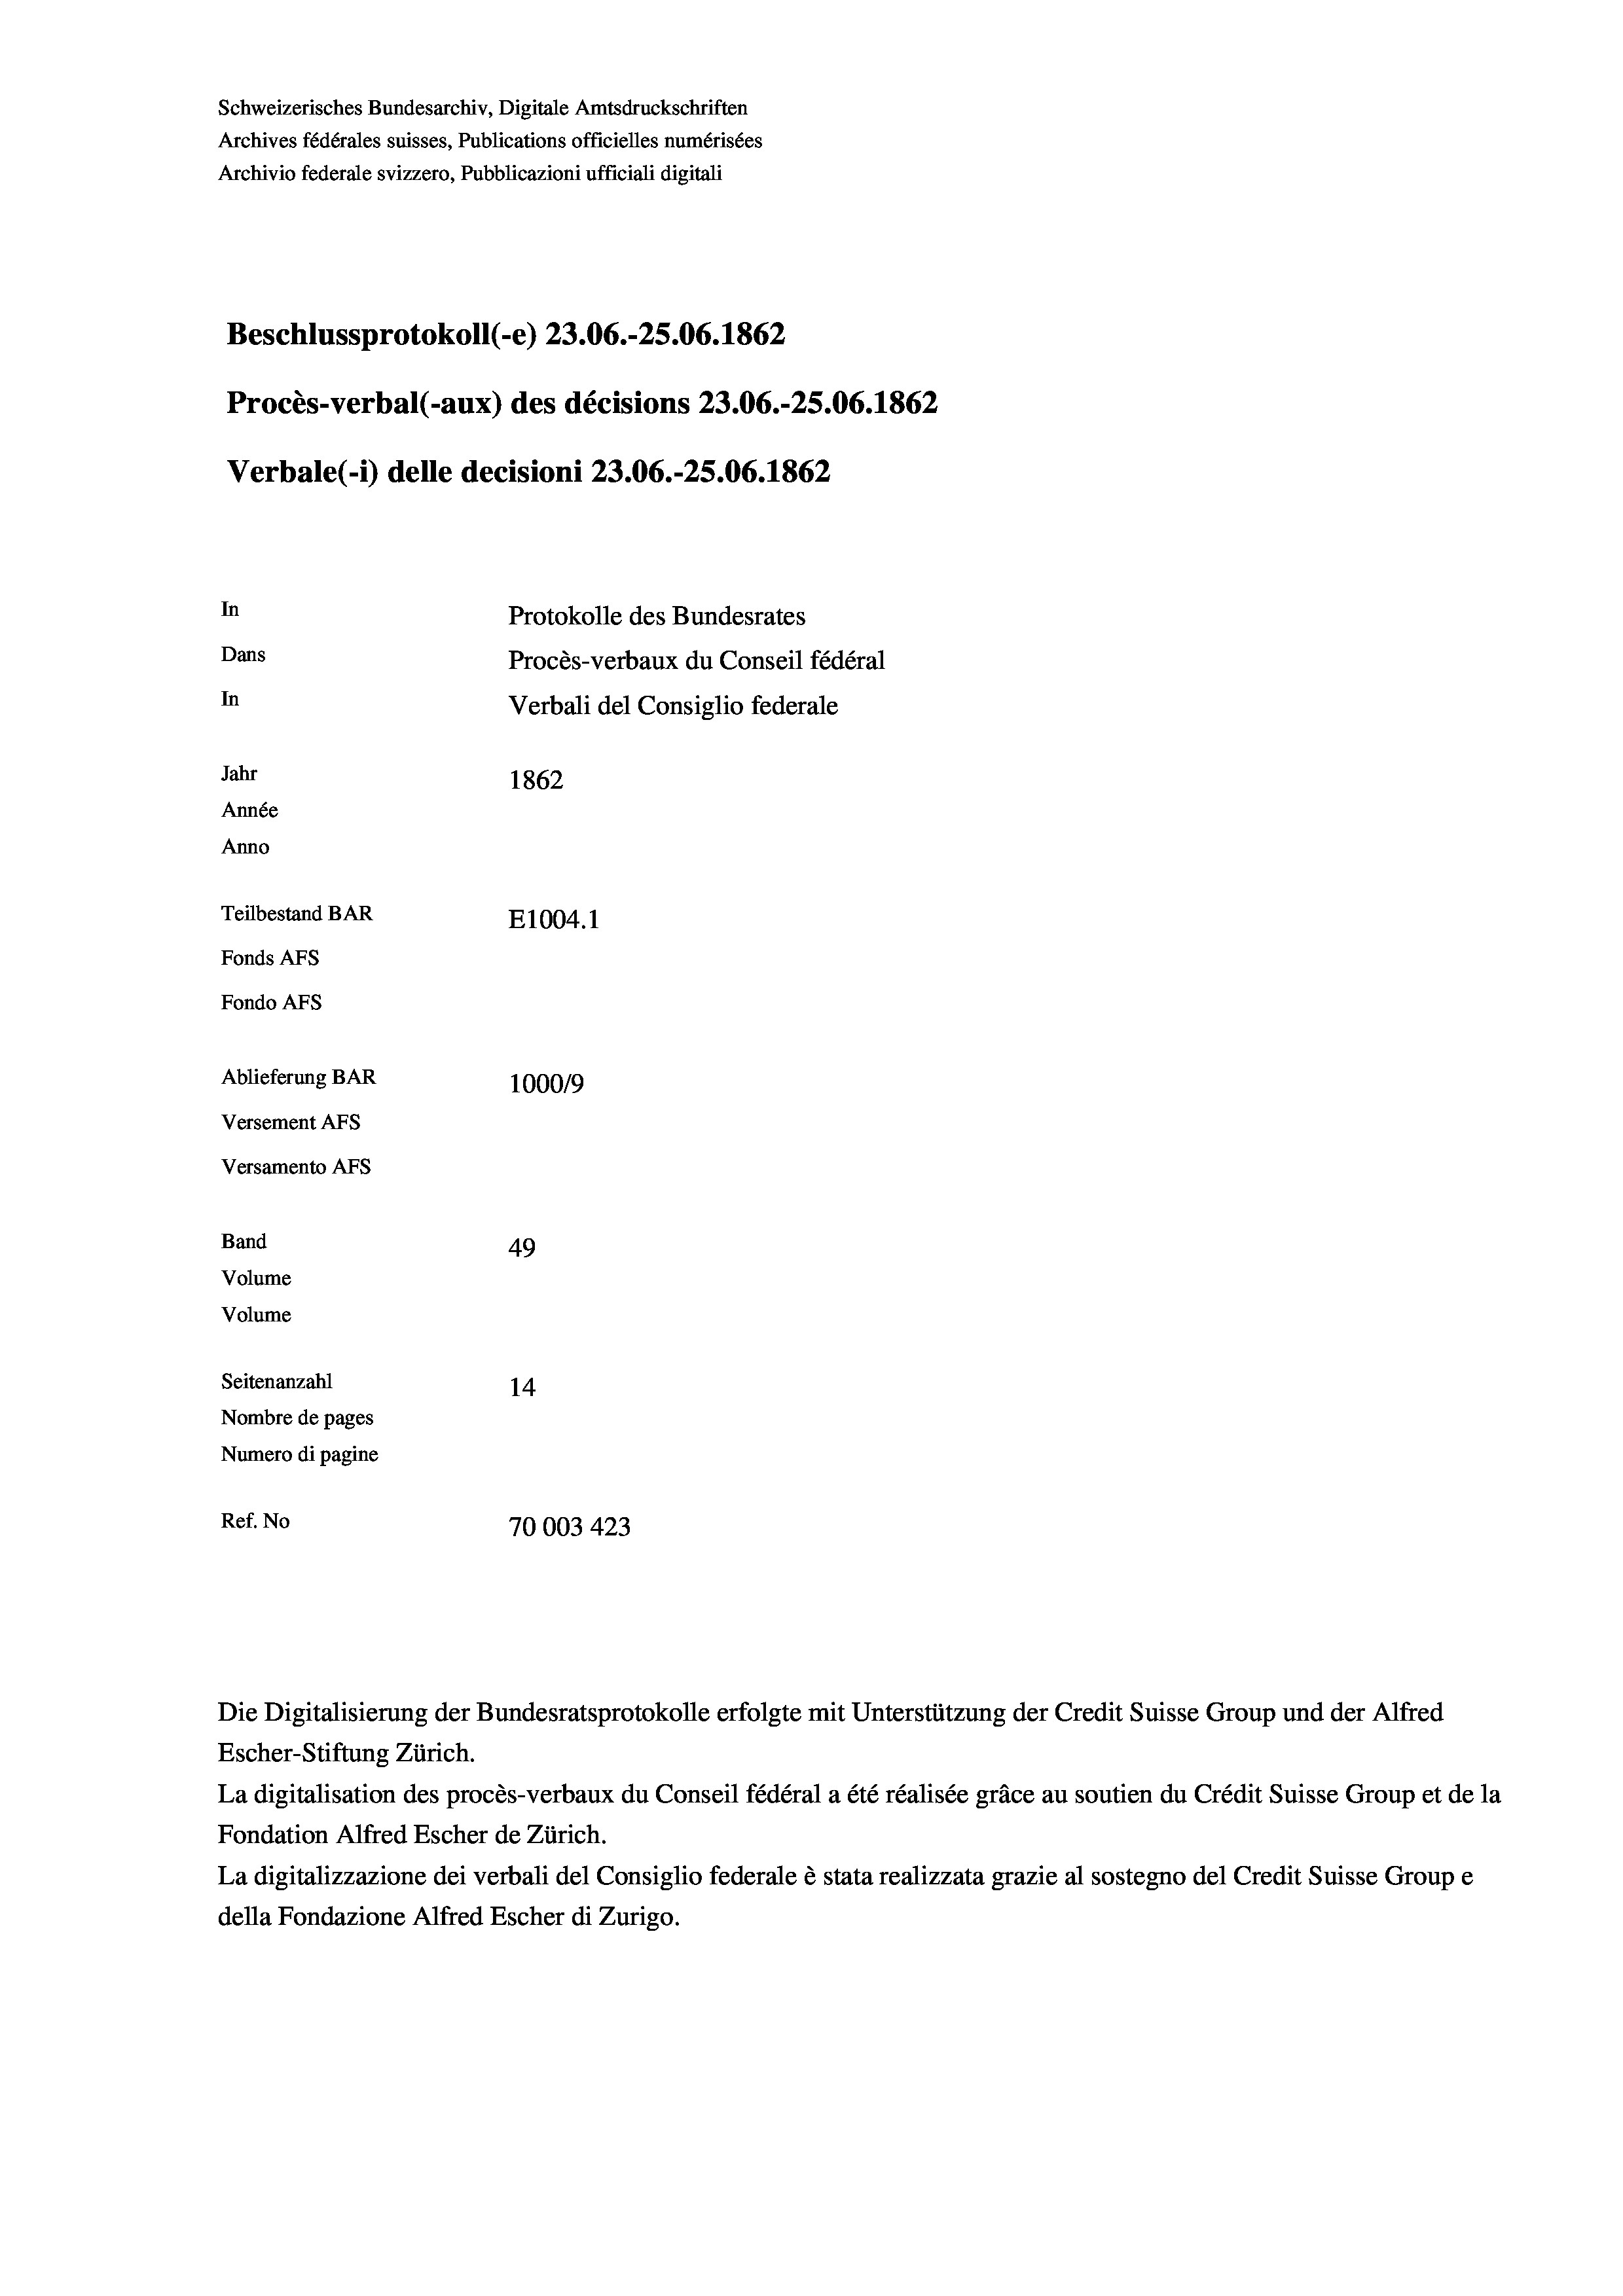
Schweizerisches Bundesarchiv, Digitale Amtsdruckschriften
Archives fédérales suisses, Publications officielles numérisées
Archivio federale svizzero, Pubblicazioni ufficiali digitali
Beschlussprotokoll (-e) 23.06.-25.06. 1862
Procès-verbal (-aux) des décisions 23.06.-25.06. 1862
Verbale (- 1) delle decisioni 23.06.-25.06. 1862
In
Protokolle des Bundesrates
Dans
Procès-verbaux du Conseil fédéral
In
Verbali del Consiglio federale
Jahr
1862
Année
Anno
Teilbestand BAR
E1004. 1
Fonds AFs
Fondo Afs
Ablieferung BAR
100019
Versement AFs
Versamento Afs
Band
49
Volume
Volume
Seitenanzahl
14
Nombre de pages
Numero di pagine
Ref. No
70003 423

Die Digitalisierung der Bundesratsprotokolle erfolgte mit Unterstützung der Credit Suisse Group und der Alfred

Escher-Stiftung Zürich.
La digitalisation des procès-verbaux du Conseil fédéral a été réalisée gräce au soutien du Crédit Suisse Group et de la
Fondation Alfred Escher de Zürich.
La digitalizzazione dei verbali del Consiglio federale è stata realizzata grazie al sostegno del Credit Suisse Groupe
della Fondazione Alfred Escher di Zurigo.